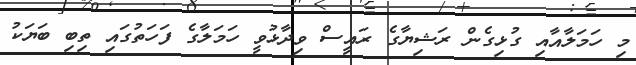
މި ހަމަލާއާއި ގުޅިގެން ރަޝިޔާގެ ރައީސް ވިދާޅުވީ ހަމަލާގެ ފަހަތުގައި ތިބި ބަޔަކު